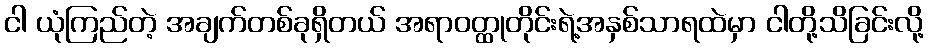
ငါ ယုံကြည်တဲ့ အချက်တစ်ခုရှိတယ် အရာဝတ္ထုတိုင်းရဲ့အနှစ်သာရထဲမှာ ငါတို့သိခြင်းလို့